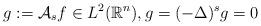
LaTeX: \begin{align*}g := \mathcal{A}_{s}f \in L^{2}(\mathbb{R}^{n}), g = (-\Delta)^{s}g = 0 \end{align*}